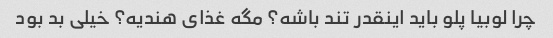
چرا لوبیا پلو باید اینقدر تند باشه؟ مگه غذای هندیه؟ خیلی بد بود